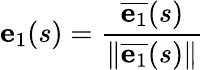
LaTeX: \mathbf{e}_{1}(s)={\frac{{\overline{{\mathbf{e}_{1}}}}(s)}{\| {\overline{{\mathbf{e}_{1}}}}(s)\| }}